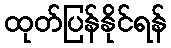
ထုတ်ပြန်နိုင်ရန်